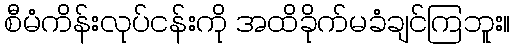
စီမံကိန်းလုပ်ငန်းကို အထိခိုက်မခံချင်ကြဘူး။